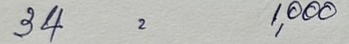
34 = 1,000